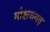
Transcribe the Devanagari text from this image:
मोक्षजगत्